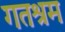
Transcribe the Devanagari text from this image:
गतश्रम